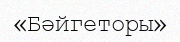
«Бәйгеторы»